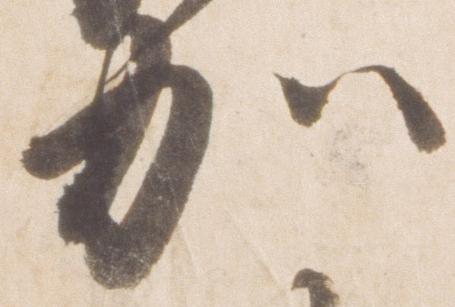
加